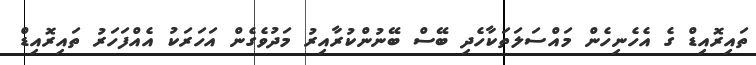
ތައިރޮއިޑް ގެ އެހެނިހެން މައްސަލަތަކާހެދި ބޭސް ބޭނުންކުރާއިރު މަދުވެގެން އަހަރަކު އެއްފަހަރު ތައިރޮއިޑް